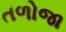
તળોજા